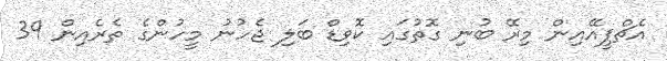
އެޗްޕީއޭއިން މިރޭ ބުނި ގޮތުގައި ކޮވިޑް ބަލި ޖެހުނު މީހުންގެ ތެރެއިން 39